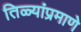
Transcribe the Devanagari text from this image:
तिळ्यांप्रमाणे